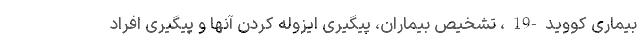
بیماری کووید-19، تشخیص بیماران، پیگیری ایزوله کردن آنها و پیگیری افراد